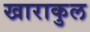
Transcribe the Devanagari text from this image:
खाराकुल